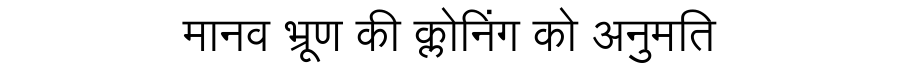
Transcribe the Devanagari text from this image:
मानव भ्रूण की क्लोनिंग को अनुमति